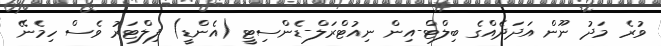
ވުރެ މަދު ނޫން އަދަދެއްގެ ބިލްޓް-އިން ނިއުޓްރަލް-ޑެންސިޓީ (އެންޑީ) ފިލްޓަރު ވެސް ހިމެނޭ